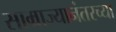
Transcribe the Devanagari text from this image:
साम्राज्यानंतरच्या